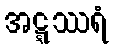
အဋ္ဋဿရံ